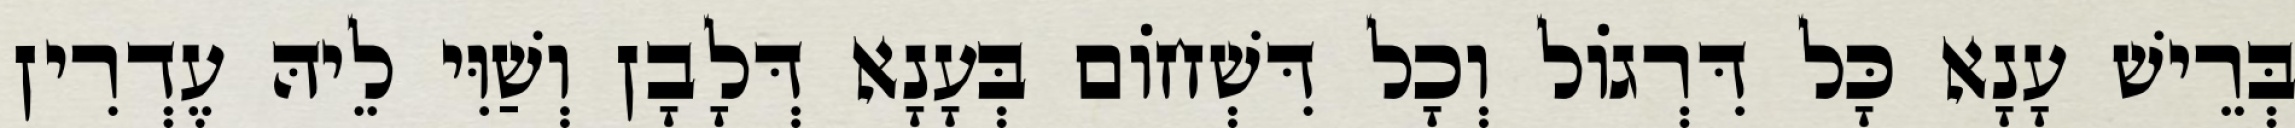
בְּרֵישׁ עָנָא כָּל דִּרְגוֹל וְכָל דִּשְׁחוֹם בְּעָנָא דְּלָבָן וְשַׁוִּי לֵיהּ עֶדְרִין